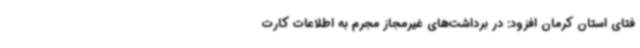
فتای استان کرمان افزود: در برداشت‌های غیرمجاز مجرم به اطلاعات کارت